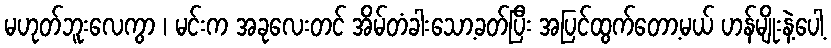
မဟုတ်ဘူးလေကွာ ၊ မင်းက အခုလေးတင် အိမ်တံခါးသော့ခတ်ပြီး အပြင်ထွက်တော့မယ် ဟန်မျိုးနဲ့ပေါ့